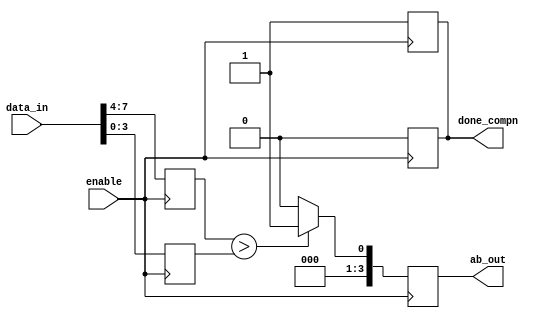
module compn#(
    parameter inputsize = 4
)( data_in, enable, ab_out,done_compn);

input enable;
input [7:0] data_in;
reg [inputsize - 1:0] A;
reg [inputsize - 1:0] B;
output reg [3:0]ab_out;
output reg done_compn;

always @ (posedge enable ) begin
 A <= data_in[7:4];
 B <= data_in[3:0];
        if (A > B) begin
        ab_out <= 1;
        end else begin
        ab_out <= 0;
        end
done_compn <= 1'b1;
end
always @(negedge enable) begin
done_compn <= 1'b0;  
end


endmodule